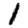
Digit: 1